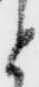
と